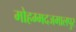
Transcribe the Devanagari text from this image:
मोहम्मदजमालपुर